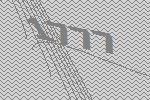
1777